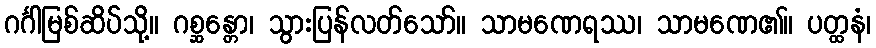
ဂင်္ဂါမြစ်ဆိပ်သို့။ ဂစ္ဆန္တော၊ သွားပြန်လတ်သော်။ သာမဏေရဿ၊ သာမဏေ၏။ ပတ္ထနံ၊